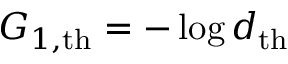
G _ { 1 , \mathrm { t h } } = - \log d _ { \mathrm { t h } }